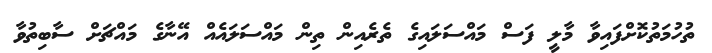
ތުހުމަތުކޮށްފައިވާ މާލީ ފަސް މައްސަލައިގެ ތެރެއިން ތިން މައްސަލައެއް އޭނާގެ މައްޗަށް ސާބިތުވާ